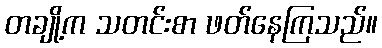
တချို့က သတင်းစာ ဖတ်နေကြသည်။